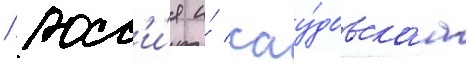
/ росс'и́я и́ сау́довскаа